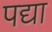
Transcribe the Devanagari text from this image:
पद्या